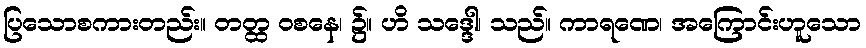
ပြသောစကားတည်း။ တတ္ထ ဝစနေ၊ ၌။ ဟိ သဒ္ဒေါ၊ သည်။ ကာရဏေ၊ အကြောင်းဟူသော